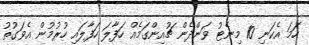
ހަމަ އެކަނި 10 މިނެޓު ވަންދެން ޗުއިންގަމެއް ހަފާލަ ހަފާލައި ހުރުމުން އެވަގުތު